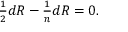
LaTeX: \textstyle { \frac { 1 } { 2 } } d R - { \frac { 1 } { n } } d R = 0 .